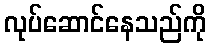
လုပ်ဆောင်နေသည်ကို